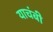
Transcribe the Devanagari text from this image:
याचंबी